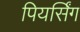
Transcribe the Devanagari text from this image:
पियर्सिंग